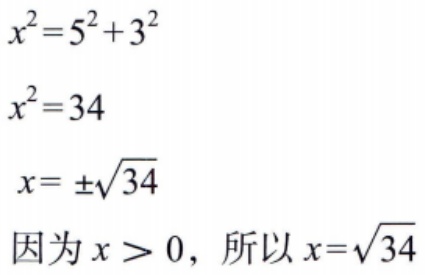
\[
\begin{align*}
x^{2}&=5^{2}+3^{2}\\
x^{2}&=34\\
x&=\pm\sqrt{34}\\
\text{因为 }x&>0，\text{ 所以 }x = \sqrt{34}
\end{align*}
\]